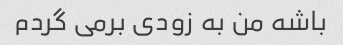
باشه من به زودی برمی گردم